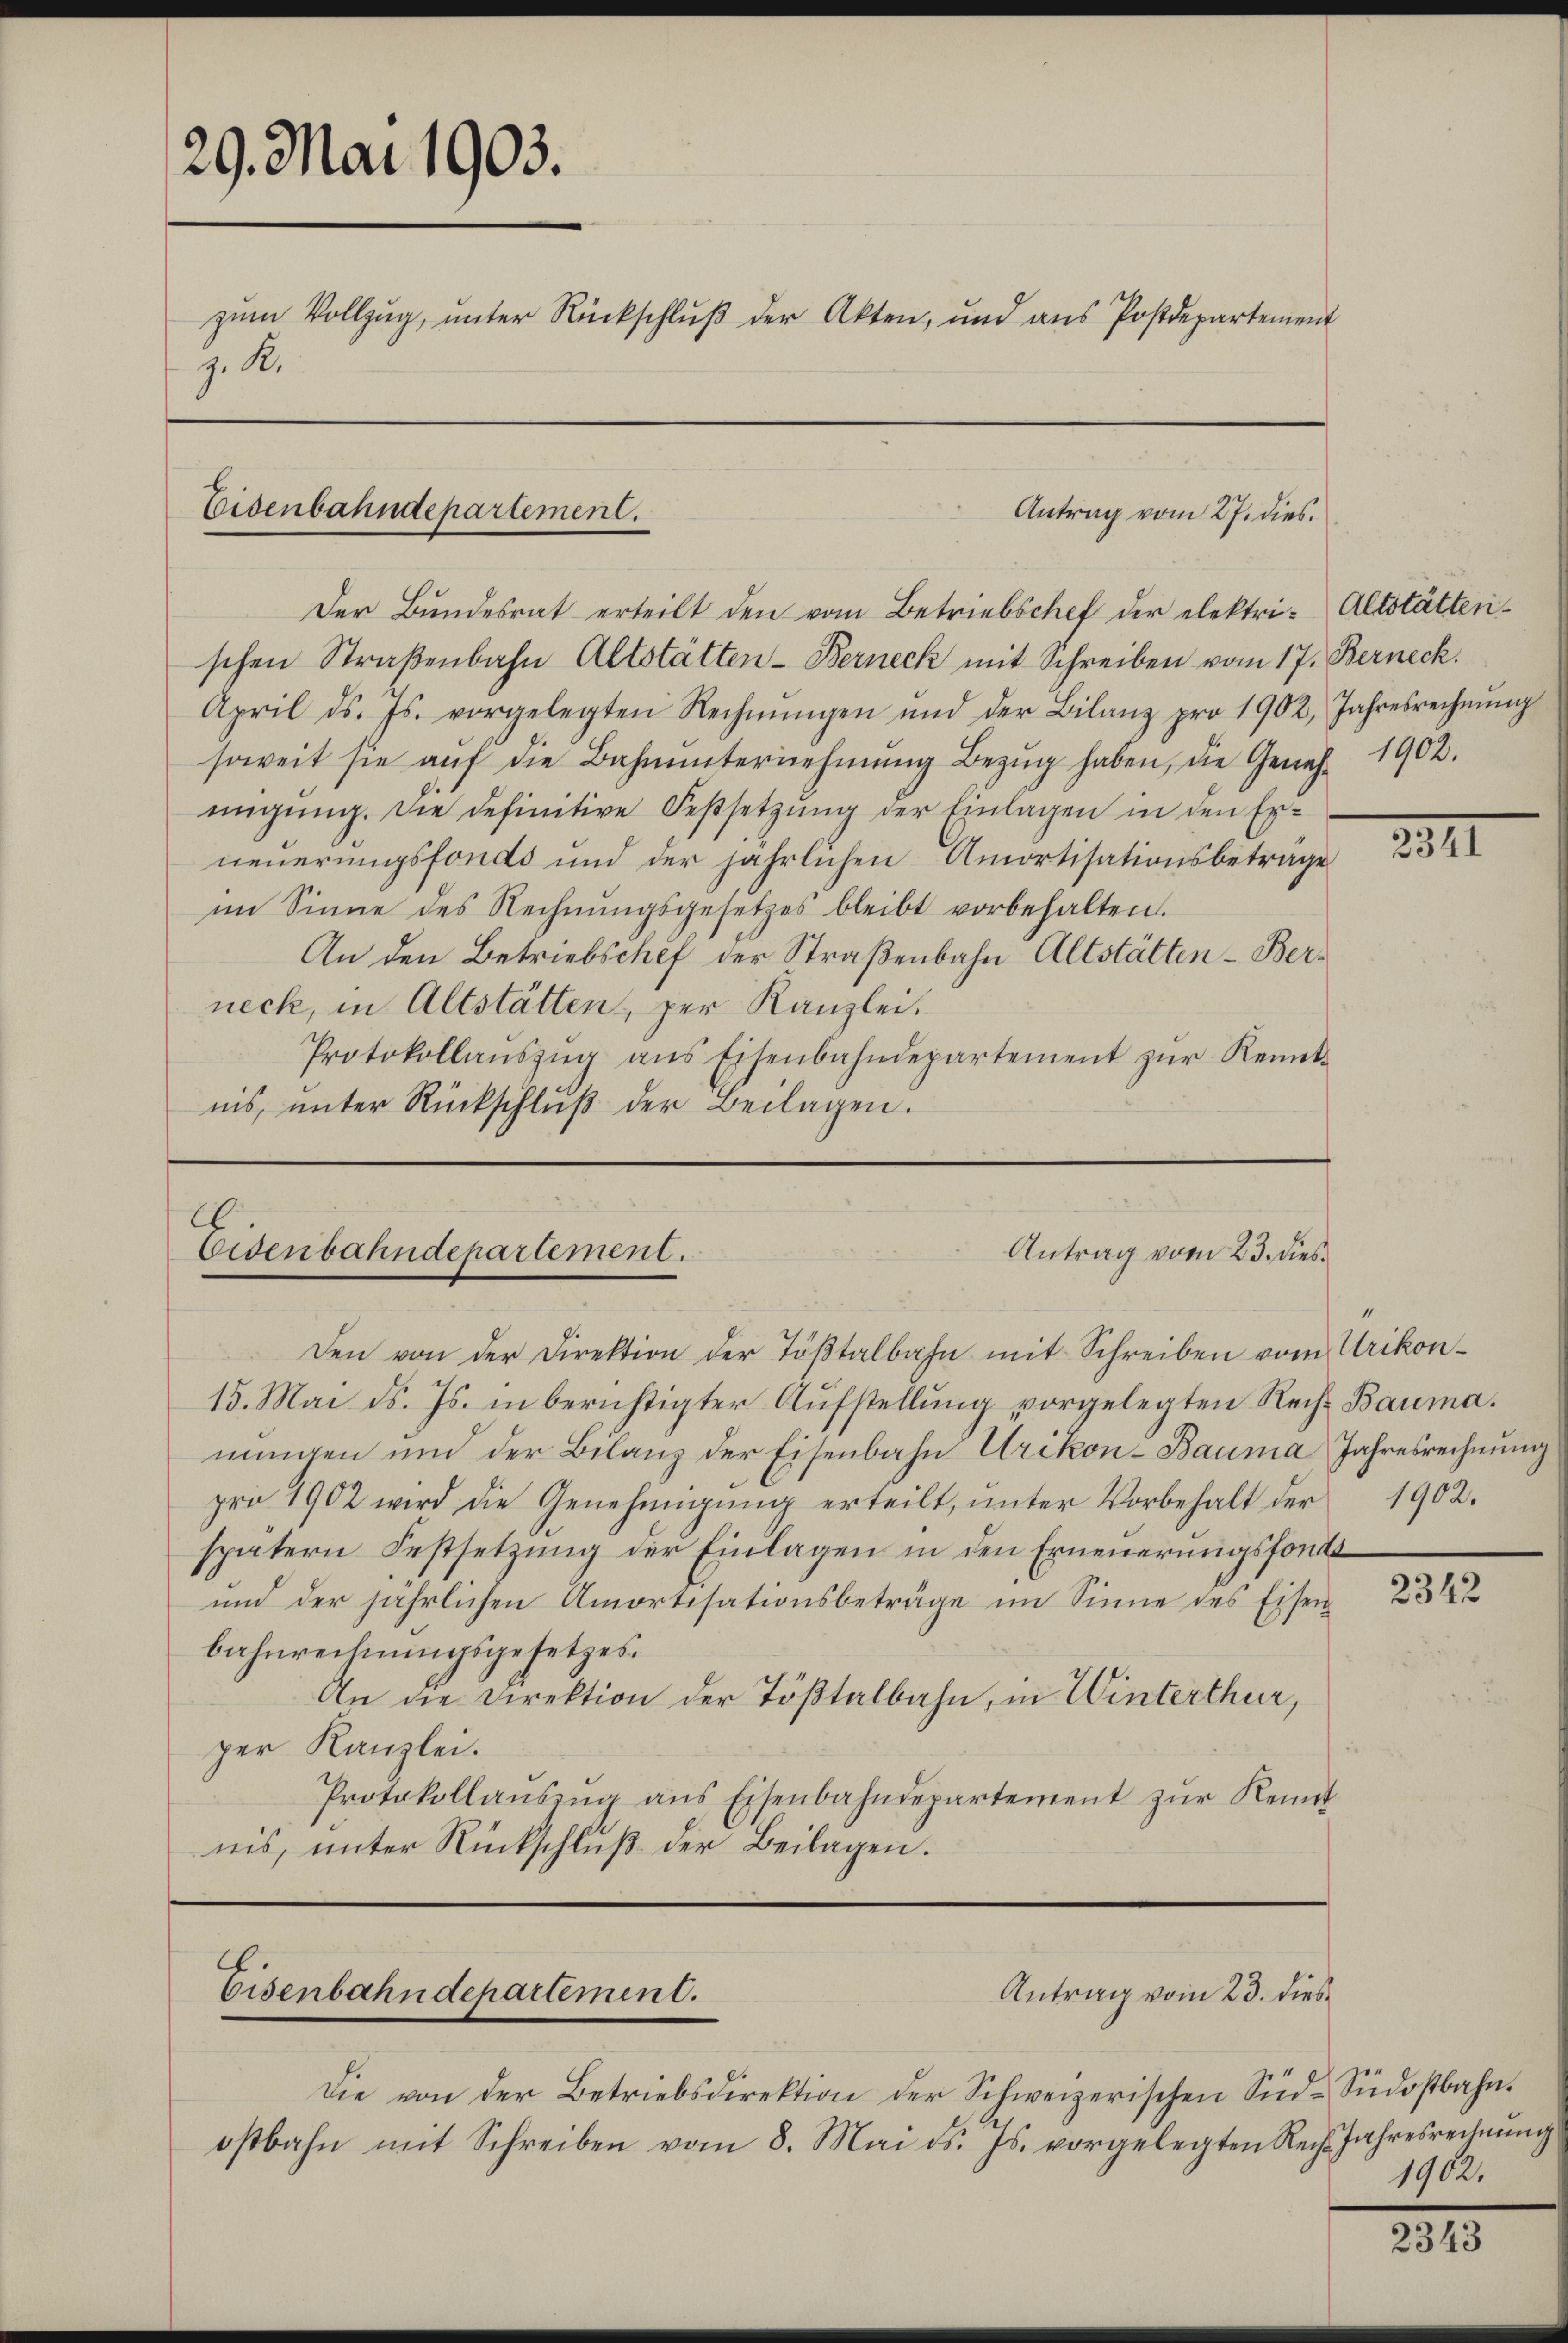
29. Mai 1903.
zum Vollzug, unter Rückschlŭβ der Akten, und ans Postdepartement
z. R.

Eisenbahndepartement.

Der Bŭndesrat erteilt den vom Betriebschef der elektri-Altstätten-
schen Straßenbahn Altstätten-Berneck mit Schreiben vom 17. Berneck.
April d. Js. vorgelegten Rechnŭngen und der Bilanz pro 1902, Jahresrechnŭng
soweit sie aŭf die Bahnŭnternehmung Bezŭg haben, die Geneh- 1902.
migung. Die definitive Festsetzung der Einlagen in den Erneuerungsfonds und der jährlichen Amortisationsbetrage
im Sinne des Rechnŭngsgesetzes bleibt vorbehalten.
An den Betriebschef der Straßenbahn Altstätten-Berneck, in Altstätten, per Kanzlei.
Protokollaŭszŭg ans Eisenbahndepartement zŭr Rennt-
nis, ŭnter Rückschlŭβ der Beilagen.

Eisenbahndepartement.

.
Eisenbahndepartement.

Antrag vom 27. dies

Antrag vom 23. dies

Die von der Betriebsdirektion der Schweizerischen Süd-Südostbahn.
ostbahn mit Schreiben vom 8. Mai d. Js. vorgelegten Rechs Jahresrechnŭng

Den von der Direktion der Töβtalbahn mit Schreiben vom Urikon-
15. Mai d. Js. in berichtigter Aufstellung vorgelegten Recht Bauma.
nungen und der Belang der Eisenbahn Urikon-Bauma Jahresrechnung
pro 1902 wird die Genehmigŭng erteilt, ŭnter Vorbehalt der 1902.
spätern Festsetzung der Einlagen in den Erneuerungsfonde
und der jährlichen Amortisationsbeträge im Sinne des Eisen
bahnrechnungsgesetzes.
An die Direktion der Tößtalbahn, in Winterthur,
per Kanzlei.
Protokollaŭszŭg ans Eisenbahndepartement zŭr Kennt
nis, unter Rückschluß der Beilagen.

Antrag vom 23. dies

III

2342

1902.

2343